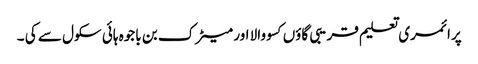
پرا ئمری تعلیم قریبی گاؤں کسو والا اور میٹرک بن باجوہ ہائی سکول سے کی ۔